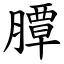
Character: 䐺